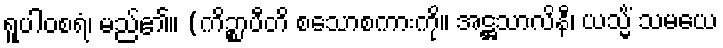
ရူပါဝစရံ၊ မည်၏။ (ကိဉ္စာပီတိ စသောစကားကို။ အဋ္ဌသာလိနီ၊ ယသ္မိံ သမယေ